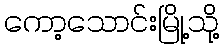
ကော့သောင်းမြို့သို့